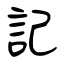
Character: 記